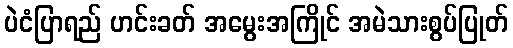
ပဲငံပြာရည် ဟင်းခတ် အမွေးအကြိုင် အမဲသားစွပ်ပြုတ်